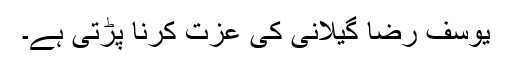
یوسف رضا گیلانی کی عزت کرنا پڑتی ہے۔